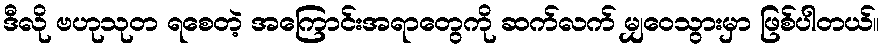
ဒီလို ဗဟုသုတ ရစေတဲ့ အကြောင်းအရာတွေကို ဆက်လက် မျှဝေသွားမှာ ဖြစ်ပါတယ်။